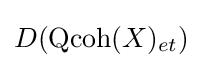
D({\text{Qcoh}}(X)_{et})